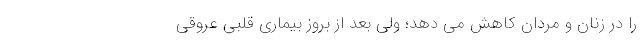
را در زنان و مردان کاهش می دهد؛ ولی بعد از بروز بیماری قلبی عروقی